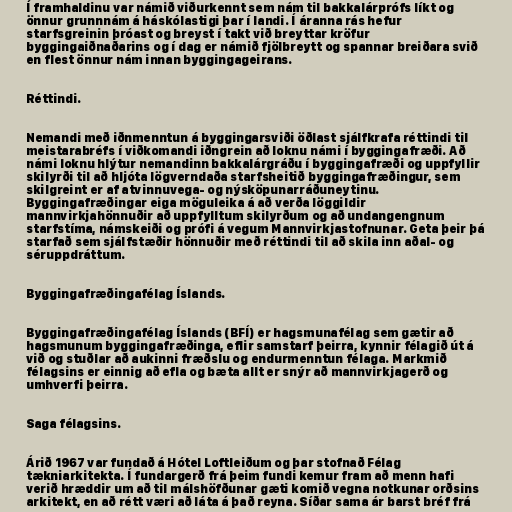
Í framhaldinu var námið viðurkennt sem nám til bakkalárprófs líkt og
önnur grunnnám á háskólastigi þar í landi. Í áranna rás hefur
starfsgreinin þróast og breyst í takt við breyttar kröfur
byggingaiðnaðarins og í dag er námið fjölbreytt og spannar breiðara svið
en flest önnur nám innan byggingageirans.

Réttindi.

Nemandi með iðnmenntun á byggingarsviði öðlast sjálfkrafa réttindi til
meistarabréfs í viðkomandi iðngrein að loknu námi í byggingafræði. Að
námi loknu hlýtur nemandinn bakkalárgráðu í byggingafræði og uppfyllir
skilyrði til að hljóta lögverndaða starfsheitið byggingafræðingur, sem
skilgreint er af atvinnuvega- og nýsköpunarráðuneytinu.
Byggingafræðingar eiga möguleika á að verða löggildir
mannvirkjahönnuðir að uppfylltum skilyrðum og að undangengnum
starfstíma, námskeiði og prófi á vegum Mannvirkjastofnunar. Geta þeir þá
starfað sem sjálfstæðir hönnuðir með réttindi til að skila inn aðal- og
séruppdráttum.

Byggingafræðingafélag Íslands.

Byggingafræðingafélag Íslands (BFÍ) er hagsmunafélag sem gætir að
hagsmunum byggingafræðinga, eflir samstarf þeirra, kynnir félagið út á
við og stuðlar að aukinni fræðslu og endurmenntun félaga. Markmið
félagsins er einnig að efla og bæta allt er snýr að mannvirkjagerð og
umhverfi þeirra.

Saga félagsins.

Árið 1967 var fundað á Hótel Loftleiðum og þar stofnað Félag
tækniarkitekta. Í fundargerð frá þeim fundi kemur fram að menn hafi
verið hræddir um að til málshöfðunar gæti komið vegna notkunar orðsins
arkitekt, en að rétt væri að láta á það reyna. Síðar sama ár barst bréf frá